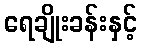
ရေချိုးခန်းနှင့်